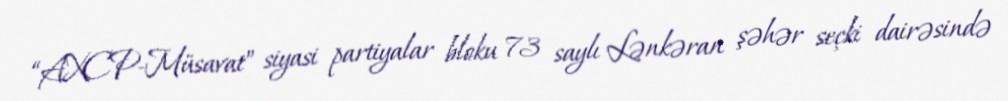
“AXCP-Müsavat” siyasi partiyalar bloku 73 saylı Lənkəran şəhər seçki dairəsində